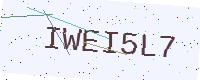
Text: IWEI5L7